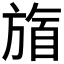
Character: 𬀋